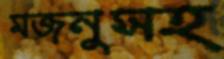
মজনুসহ